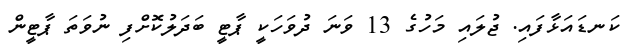
ކަނޑައަޅާފައި. ޖުލައި މަހުގެ 13 ވަނަ ދުވަހަކީ ޕާޓީ ބަދަލުކޮށްފި ނުވަތަ ޕާޓީން